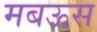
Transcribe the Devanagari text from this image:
मबऊस